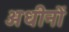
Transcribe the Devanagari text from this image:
अधीनों